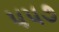
૫૫૭